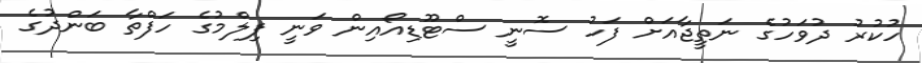
ހުކުރު ދުވަހުގެ ނަތީޖާއަށް ފަހު ސޮނީ ސްޓޫޑިއޯއިން ވަނީ ފިލްމުގެ ހަފްތާ ބަންދުގެ